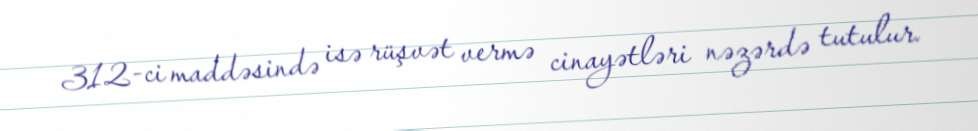
312-ci maddəsində isə rüşvət vermə cinayətləri nəzərdə tutulur.